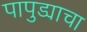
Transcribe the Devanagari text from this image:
पापुड्याचा